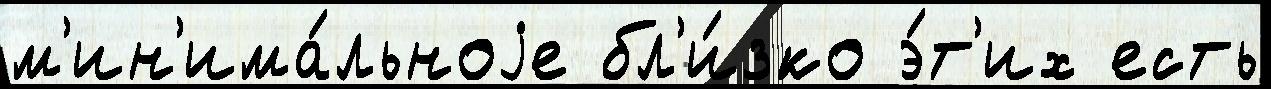
м'ин'има́льноjе бл'и́зко э́т'их есть